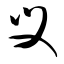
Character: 叉